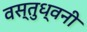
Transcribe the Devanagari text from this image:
वस्तुध्वनी